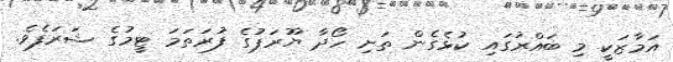
އަމާޒަކީ މި ބައްރުގައި ކުޅެގެން ތަށި ހޯދާ ޔޫރަޕުގެ ފުރަަތަމަ ޓީމުގެ ޝަރަފެވެ.